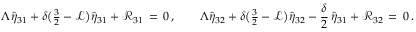
\Lambda \hat { \eta } _ { 3 1 } + \delta \bigl ( { \textstyle \frac { 3 } { 2 } } - \mathcal { L } \bigr ) \hat { \eta } _ { 3 1 } + \mathcal { R } _ { 3 1 } \, = \, 0 \, , \qquad \Lambda \hat { \eta } _ { 3 2 } + \delta \bigl ( { \textstyle \frac { 3 } { 2 } } - \mathcal { L } \bigr ) \hat { \eta } _ { 3 2 } - \frac { \delta } { 2 } \, \hat { \eta } _ { 3 1 } + \mathcal { R } _ { 3 2 } \, = \, 0 \, .